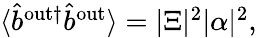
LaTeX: \begin{array}{r}{\langle\hat{b}^{\mathrm{{out}\dagger}}\hat{b}^{\mathrm{{out}}}\rangle=|\Xi|^{2}|\alpha|^{2},}\end{array}